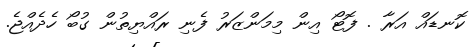
ކޮނޑައް އަރާ . ފޮޓޯ އިން މިމަންޒަރު ފެނި ރައްޔިތުން ގުބޯ ހެދެއްޖެ.